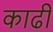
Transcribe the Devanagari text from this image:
काढी